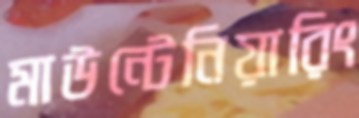
মাউন্টেনিয়ারিং